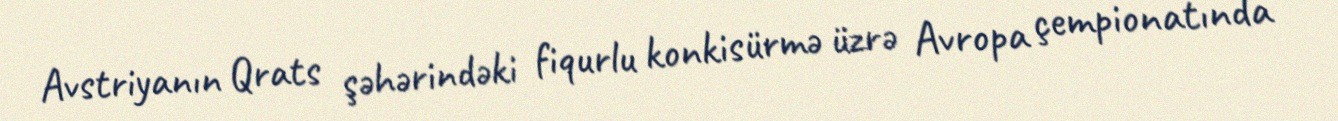
Avstriyanın Qrats şəhərindəki fiqurlu konkisürmə üzrə Avropa çempionatında